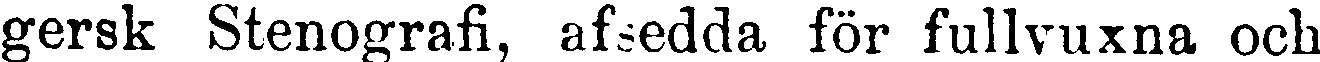
gersk Stenografi, afsedda för fullvuxna och